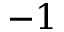
- 1